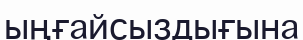
ыңғайсыздығына